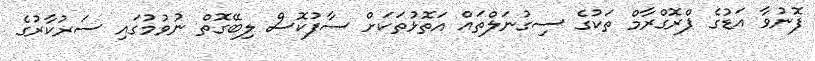
ފޮނުވާ އަޑުގެ ޕްރޮގްރާމް ތަކުގެ ސިގުނަލްތައް އަތޮޅުތަކަށް ސާފުކޮސް ލިބޭގޮތް ނުވުމުގައި ސަރުކާރުގެ